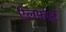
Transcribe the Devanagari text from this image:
ऐलफ़ार्ड